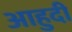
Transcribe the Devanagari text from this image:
आहुदी